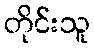
တိုင်းသူ